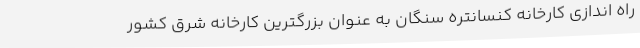
راه اندازی کارخانه کنسانتره سنگان به عنوان بزرگترین کارخانه شرق کشور